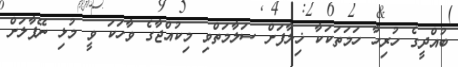
ބުއްދީގެ ހުރިހާ ހަމަތަކަކާ ޚިލާފަށް ސަލާމަތްވި މިކުއްޖާގެ ވާހަކަ ވީ މުޅި ނޭޕާލަށް